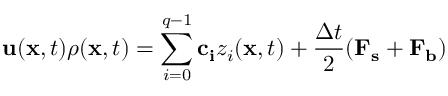
\mathbf { u } ( \mathbf { x } , t ) \rho ( \mathbf { x } , t ) = \sum _ { i = 0 } ^ { q - 1 } \mathbf { c _ { i } } z _ { i } ( \mathbf { x } , t ) + \frac { \Delta t } { 2 } ( \mathbf { F _ { s } } + \mathbf { F _ { b } } )